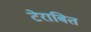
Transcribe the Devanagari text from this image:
टेराबित